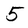
Character: 5